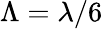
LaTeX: \Lambda=\lambda/6